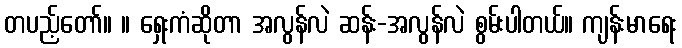
တပည့်တော်။ ။ ရှေးကံဆိုတာ အလွန်လဲ ဆန်း-အလွန်လဲ စွမ်းပါတယ်။ ကျန်းမာရေး